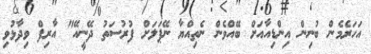
އަހަރެމެން ބުނިން އިންޑިއާއަށް ބޭއްވެން ނެތިއްޔާ ނޭޕަލަށް ފުރުސަތު ދޭނީއޭ" އާރިފް ވިދާޅުވި